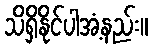
သိရှိနိုင်ပါအံ့နည်း။